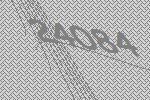
24084